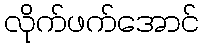
လိုက်ဖက်အောင်